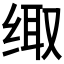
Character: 𮉪